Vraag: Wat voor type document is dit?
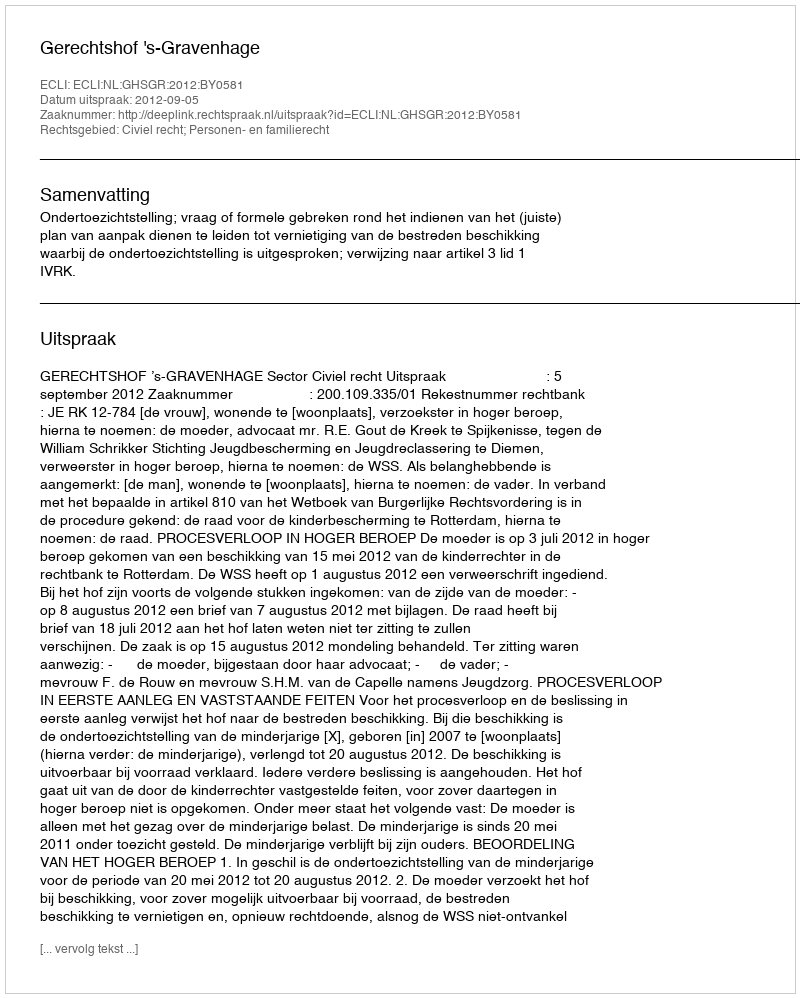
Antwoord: Uitspraak